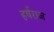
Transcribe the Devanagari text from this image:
हर्षराज